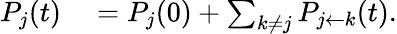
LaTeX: \begin{array}{rl}{P_{j}(t)}&{{}=P_{j}(0)+\sum_{k\ne j}P_{j\leftarrow k}(t).}\end{array}